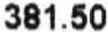
381.50